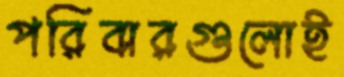
পরিবারগুলোই